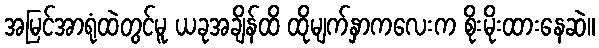
အမြင်အာရုံထဲတွင်မူ ယခုအချိန်ထိ ထိုမျက်နှာကလေးက စိုးမိုးထားနေဆဲ။